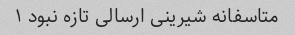
متاسفانه شیرینی ارسالی تازه نبود ۱